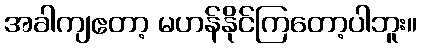
အခါကျဧတာ့ မဟန်နိုင်ကြတော့ပါဘူး။